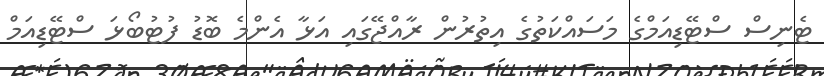
ޓެނިސް ސްޓޭޑިއަމްގެ މަސައްކަތުގެ އިތުރުން ރާއްޖޭގައި އަޅާ އެންމެ ބޮޑު ފުޓުބޯޅަ ސްޓޭޑިއަމް